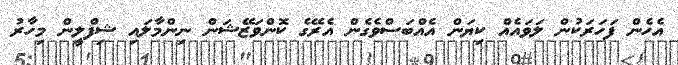
އެހެން ފަހަރަކުން ލަވައެއް ކިޔަން އެއްބަސްވެގެން އެރޭގެ ކޮންވަޒޭޝަން ނިންމާލައި ޝިފްލީން މިހާރު